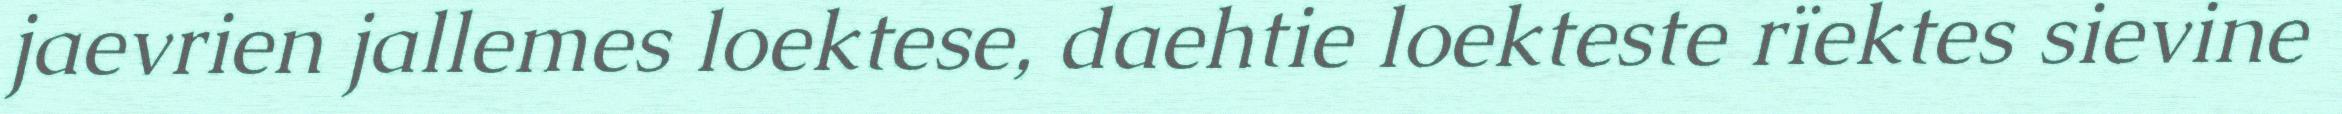
jaevrien jallemes loektese, daehtie loekteste rïektes sievine